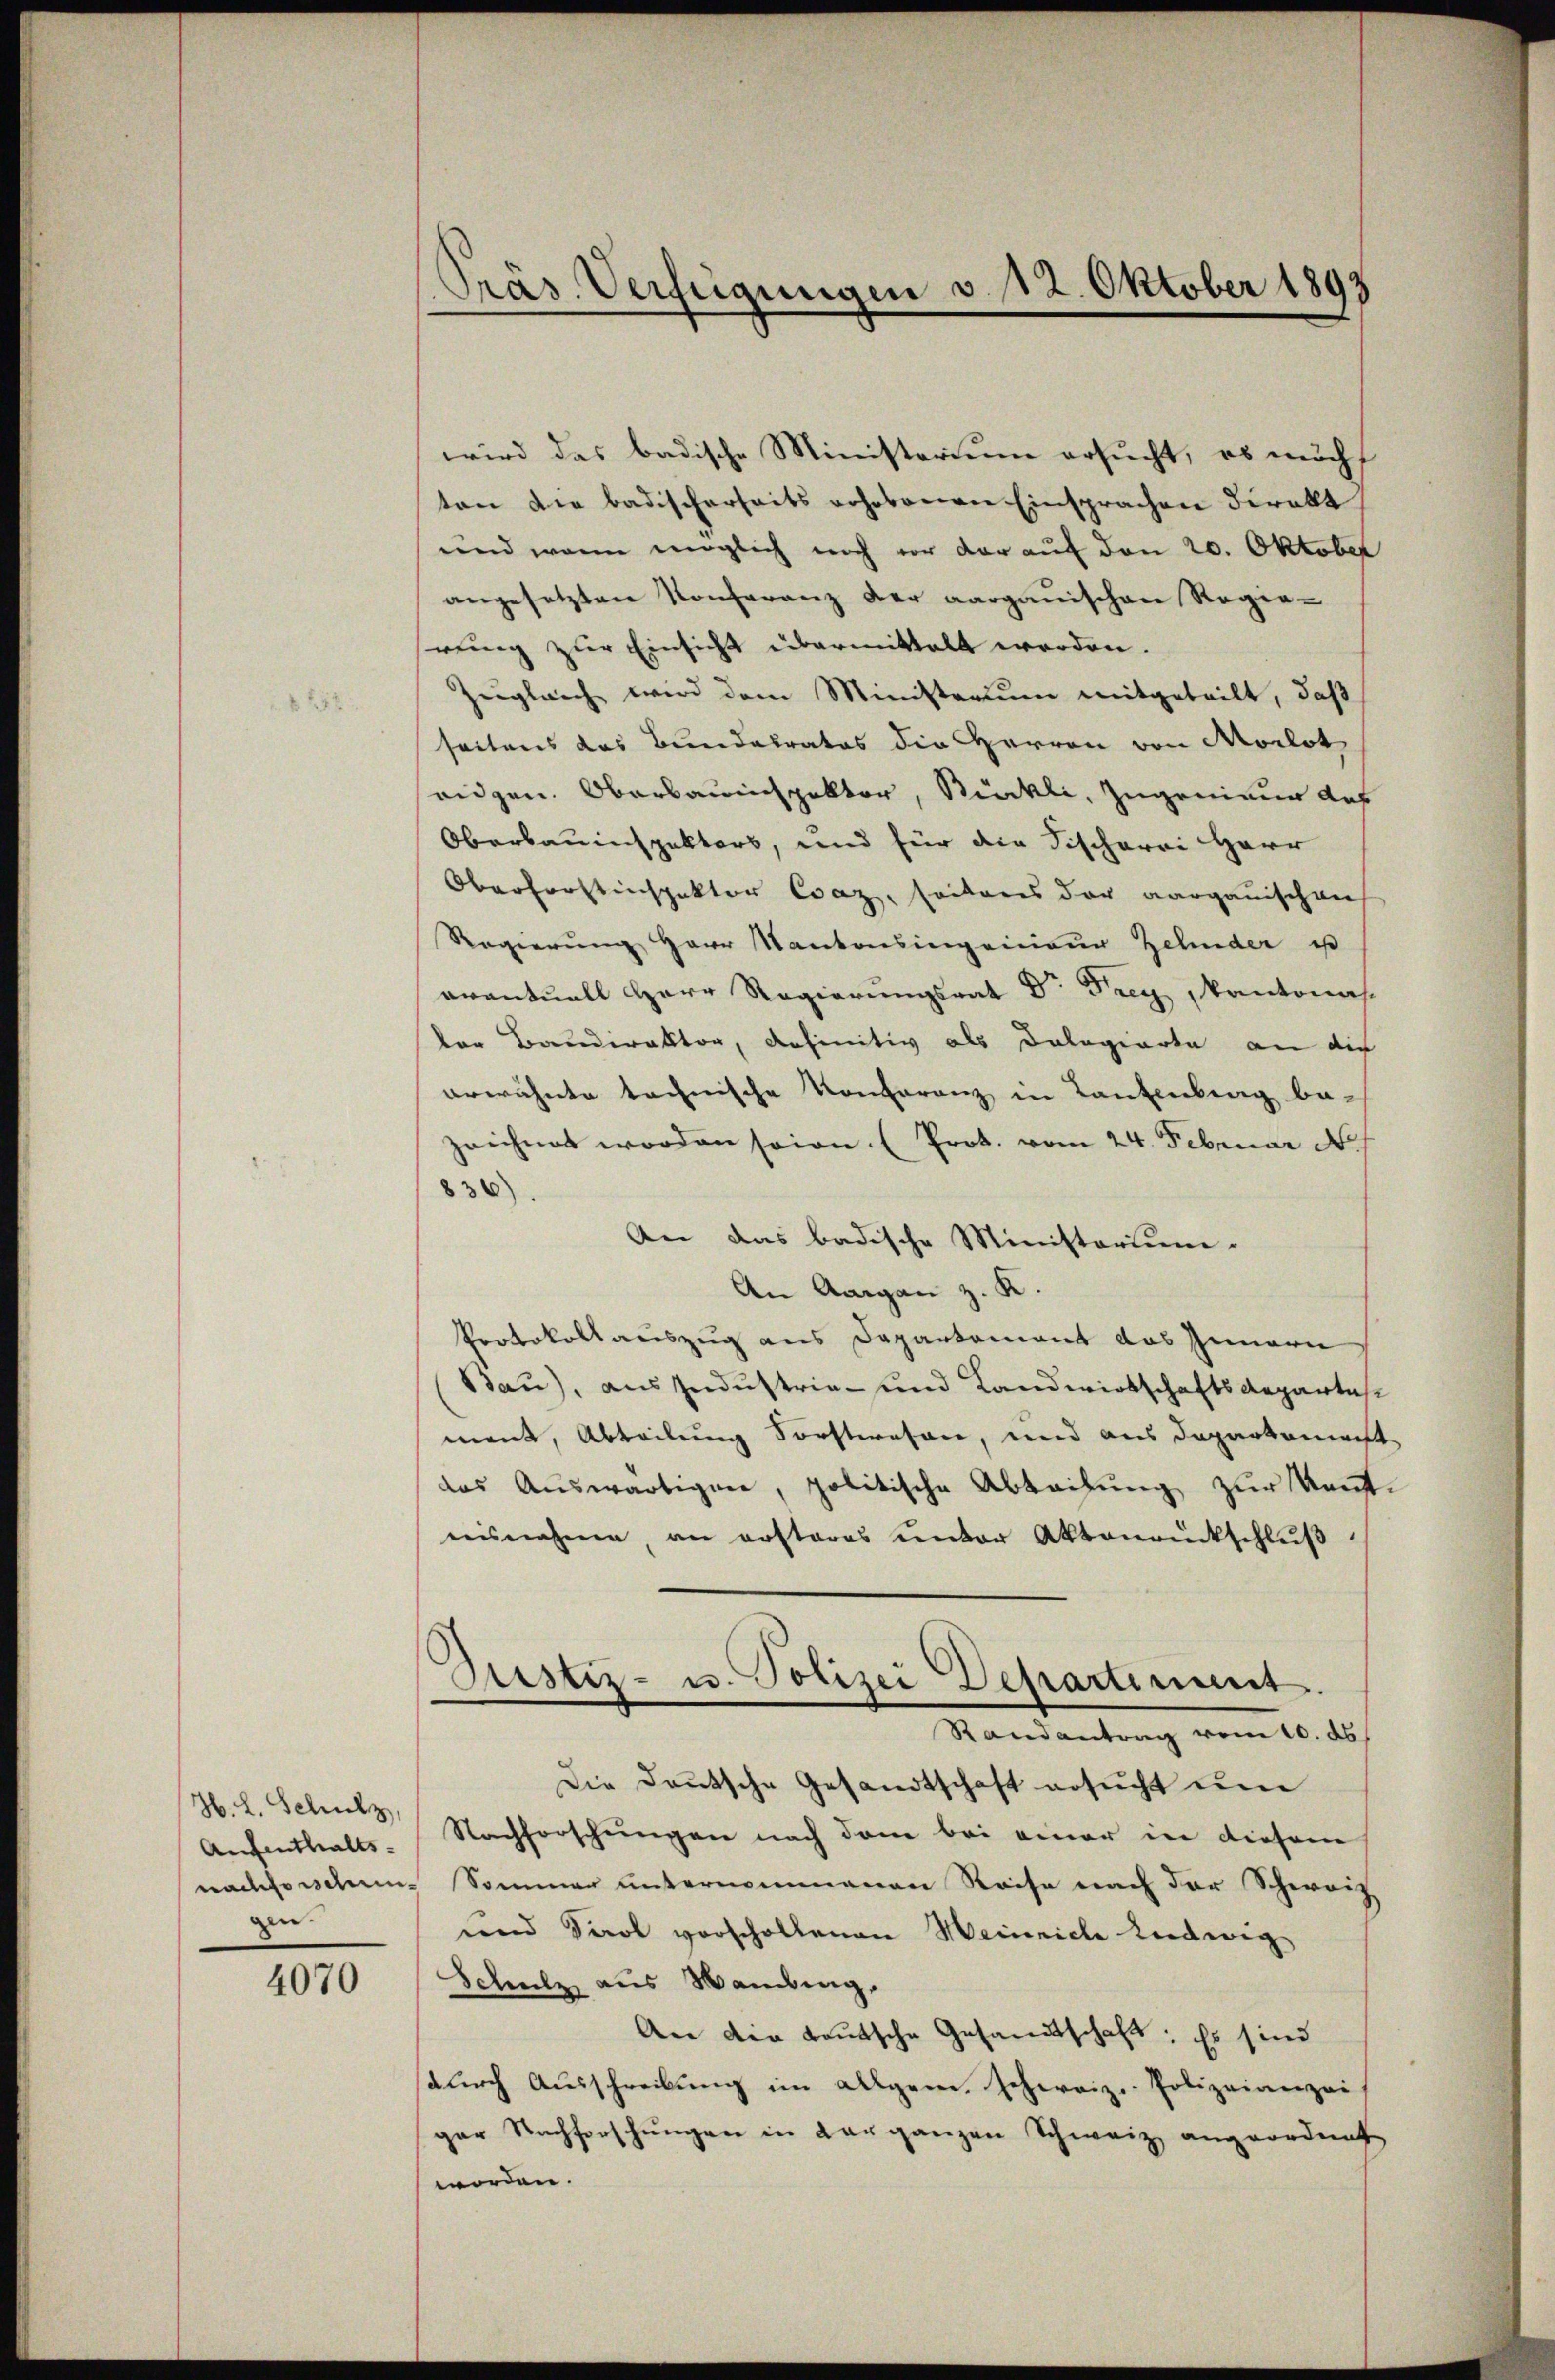
H. L. Schulz,
Aufenthaltsgen.

4070

Präs. Verfügungen v. 12. Oktober 1893

wird das badische Ministerium ersucht, es möcht
ten die badischerseits gehobenen Einsprachen direkt
und wenn möglich noch vor der auf den 20. Oktober
angesetzten Konferenz der aargauischen Regie-
rung zur Einsicht übermittelt worden.
Zugleich wird dem Ministerium mitgeteilt, daß
seitens das Bundesrates die Herren von Morlot
eidgen. Oberbauinspektor, Rückli, Zugenieur auf
Oberbauinspektors, und für die Fischerei Herr
Oberforstinspektor Csaz, seitens der aargauischen
Regierung Herr Kantonsingenieur Zehnder es
eventuell Herr Regierungsrat Dr Frey, kantonas.
der Baudirektor, definitiv als Dologierte an die
erwähnte technische Konferenz in Lantenberg bezeichnet worden seine (Prot. vom 24. Februar N
836)
An das badische Ministorium.
An Aargau z. K.
Protokollauszug aus Departement das Innern
Bau), aus Industria- und Landwirtschaftsdepartes
ment, Abteilung Forstwesen, und aus Departement
das Auswärtigen, politische Abteilung zur Konstnisnahme, an erstares ŭnter Aktenrückschlŭβ
Pustiz- u. Polizei Departement.
Randantrag vom 10. ds
Die Deutsche Gesandtschaft ersŭcht ŭm
Nachforschungen nach dem bei einer in diesem
nachforschen Sommer unternommenen Reise nach der Schwarz
und Parol vorschollenen Meinrich Ludwig
Schulz, aus Wanding.
An die teutsche Gesamtschaft; Es sind
sdŭrch Ausschreibŭng im allgem. Schweiz. Polizeianzei
ger Nachforschŭngen in der ganzen Schweiz angeordnet
worden.